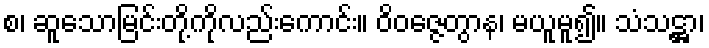
စ၊ ဆူသောမြင်းတို့ကိုလည်းကောင်း။ ဝိဝဇ္ဇေတွာန၊ မယူမူ၍။ သံသဋ္ဌာ၊